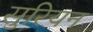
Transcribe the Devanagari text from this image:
सुरियन